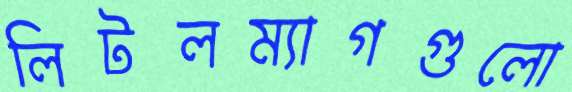
লিটলম্যাগগুলো